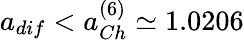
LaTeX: a_{dif}<a_{Ch}^{(6)}\simeq 1.0206